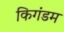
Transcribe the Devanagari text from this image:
किगंडम